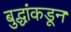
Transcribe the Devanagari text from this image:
बुद्धांकडून